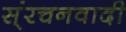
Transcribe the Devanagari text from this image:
स्ंरचनवादी